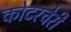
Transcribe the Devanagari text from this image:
कोटरचेरी